Burma Government Medical School reports 1923-41
Year: 1923
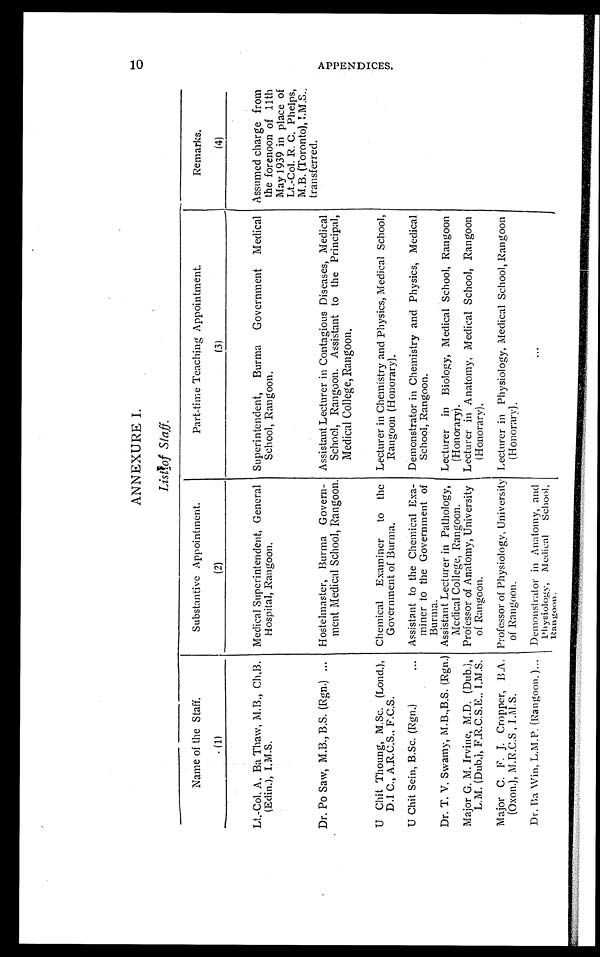
ANNEXURE I.
List of Staff.
Name of the Staff.
Substantive Appointment.
Part-time Teaching Appointment.
Remarks.
(1)
(2)
(3)
(4)
Lt.-Col. A. Ba Thaw, M.B., Ch.B.
(Edin.), I.M.S.
Medical Superintendent, General
Hospital, Rangoon.
Superintendent, Burma Government Medical
School, Rangoon.
Assumed charge from
the forenoon of 11th
May 1939 in place of
Lt.-Col. R. C. Phelps,
M.B. (Toronto), I.M.S.,
transferred.
Dr. Po Saw, M.B., B.S. (Rgn.)
Hostelmaster, Burma Govern-
ment Medical School, Rangoon.
Assistant Lecturer in Contagious Diseases, Medical
School, Rangoon. Assistant to the Principal,
Medical College, Rangoon.
U Chit 'noting, M.Sc. (Lond.),
D.I C., A.R.C.S., F.C.S.
Chemical Examiner to the
Government of Burma.
Lecturer in Chemistry and Physics, Medical School,
Rangoon (Honorary).
U Chit Sein, B.Sc. (Rgn.)
Assistant to the Chemical Exa-
miner to the Government of
Burma.
Demonstrator in Chemistry and Physics, Medical
School, Rangoon.
Dr. T. V. Swamy, M.B.,B.S. (Rgn.) Assistant Lecturer in Pathology,
Medical College, Rangoon.
Lecturer in Biology, Medical School, Rangoon
(Honorary).
Major G. M. Irvine, M.D. (Dub.),
L.M. (Dub.), F.R.C.S.E., I.M.S.
Professor of Anatomy, University
of Rangoon.
Lecturer in Anatomy, Medical School, Rangoon
(Honorary).
Major C. F. J. Cropper, B.A.
(Oxon.), M.R.C.S , I.M.S.
Professor of Physiology, University
of Rangoon.
Lecturer in Physiology, Medical School, Rangoon
(Honorary).
Dr. Ba Win, L.M.P. (Rangoon. ) Demonstrator in Anatomy, and
Physiology, Medical School,
Ran goon .
A P P E N D I C E S .